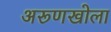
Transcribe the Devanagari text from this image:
अरूणखोला